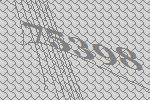
75398